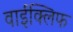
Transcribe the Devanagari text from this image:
वाईक्लिफ